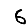
Digit: 6